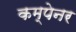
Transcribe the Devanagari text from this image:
कम्पेनर